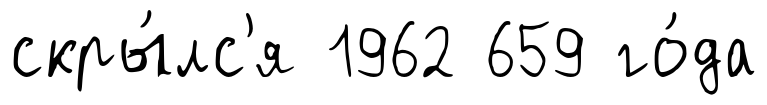
скры́лс'я 1962 659 го́да